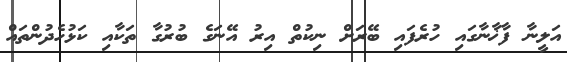
އަލީނާ ފާޚާނާގައި ހުރެފައި ބޭރަށް ނިކުތް އިރު އޭނަގެ ބުރުގާ ތަކާއި ކަޅުހެދުންތައް